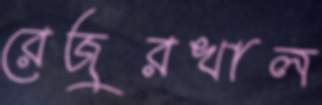
রেজুরখাল